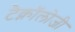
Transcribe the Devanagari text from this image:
टैक्नॉलोजी